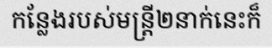
កន្លែងរបស់មន្ត្រី២នាក់នេះក៏